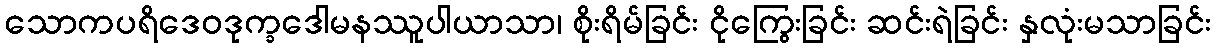
သောကပရိဒေဝဒုက္ခဒေါမနဿူပါယာသာ၊ စိုးရိမ်ခြင်း ငိုကြွေးခြင်း ဆင်းရဲခြင်း နှလုံးမသာခြင်း